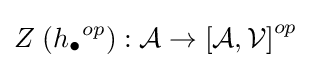
Z\;({h_{\bullet }}^{op}):{\mathcal {A}}\rightarrow \left[{\mathcal {A}},{\mathcal {V}}\right]^{op}